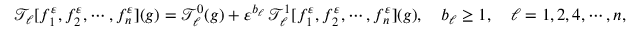
\mathcal { T } _ { \ell } [ f _ { 1 } ^ { \varepsilon } , f _ { 2 } ^ { \varepsilon } , \cdots , f _ { n } ^ { \varepsilon } ] ( g ) = \mathcal { T } _ { \ell } ^ { 0 } ( g ) + \varepsilon ^ { b _ { \ell } } \, \mathcal { T } _ { \ell } ^ { 1 } [ f _ { 1 } ^ { \varepsilon } , f _ { 2 } ^ { \varepsilon } , \cdots , f _ { n } ^ { \varepsilon } ] ( g ) , \quad b _ { \ell } \geq 1 , \quad \ell = 1 , 2 , 4 , \cdots , n ,